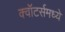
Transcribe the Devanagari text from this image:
क्वॉटर्समध्ये